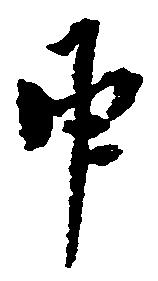
申